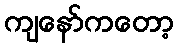
ကျနော်ကတော့